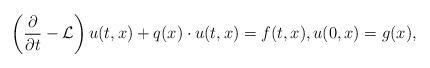
LaTeX: \begin{align*}\left( \frac{\partial}{\partial t} - {\mathcal L} \right) u(t, x) + {q (x)} \cdot u(t, x) = f(t, x ), u(0, x) = g(x),\end{align*}